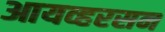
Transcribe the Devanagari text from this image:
आयव्हरसन